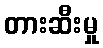
တားဆီးမှု